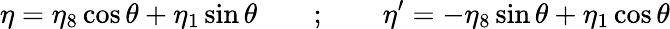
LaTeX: \eta=\eta_{8}\cos\theta+\eta_{1}\sin\theta\quad\quad;\quad\quad\eta^{\prime}=-\eta_{8}\sin\theta+\eta_{1}\cos\theta